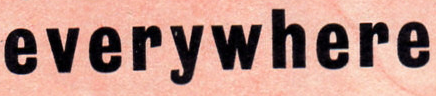
everywhere